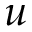
u